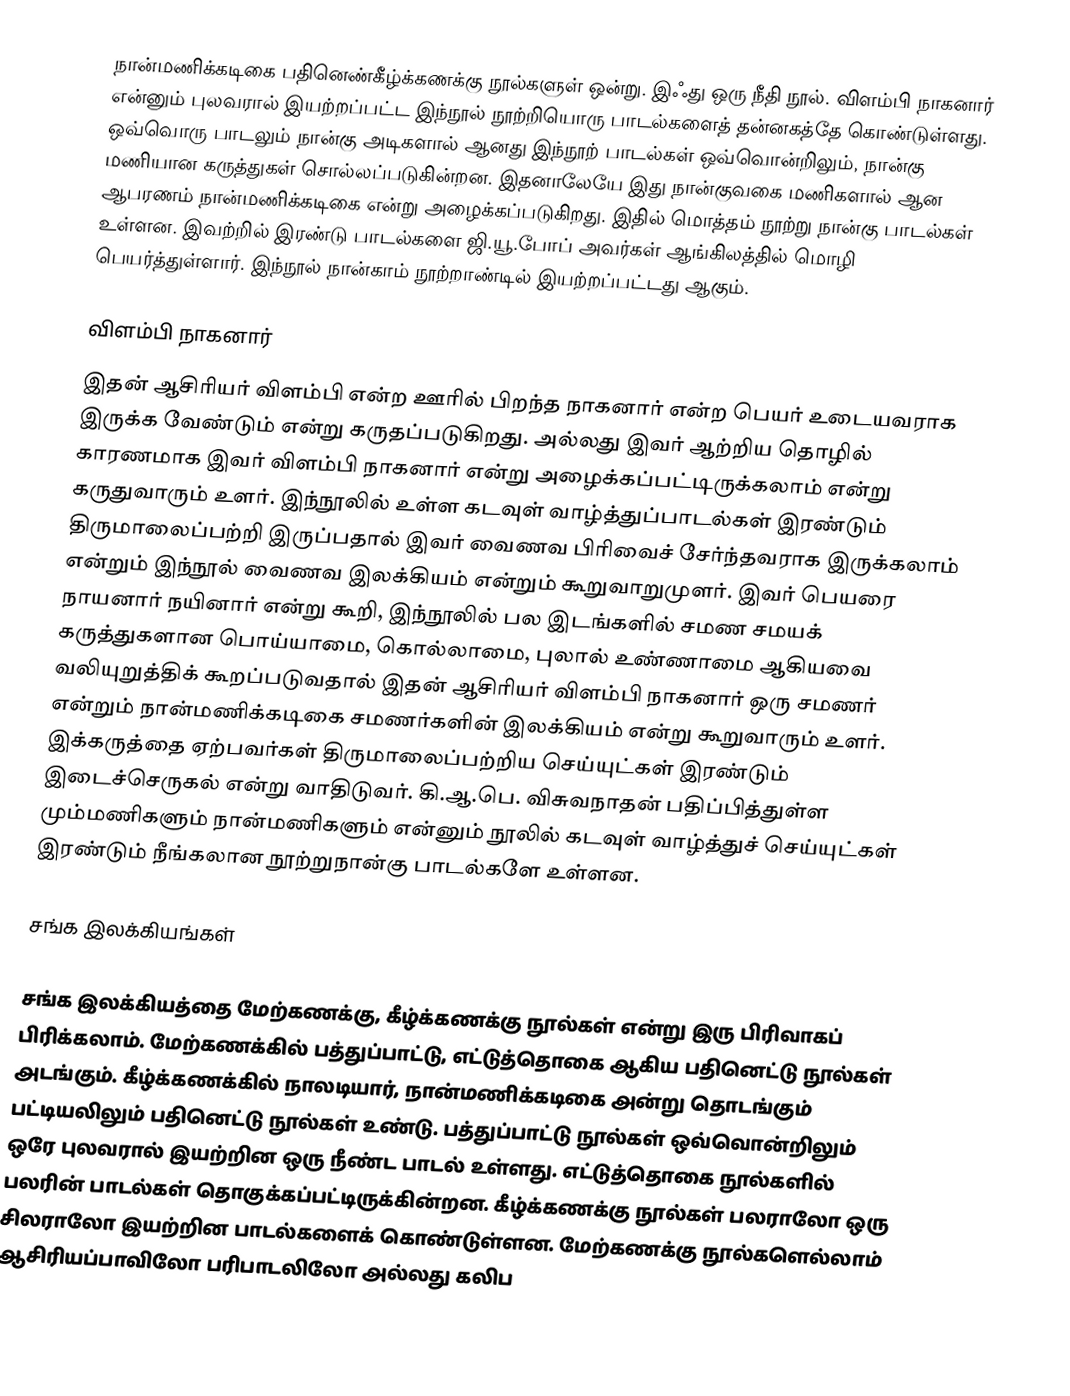
நான்மணிக்கடிகை பதினெண்கீழ்க்கணக்கு நூல்களுள் ஒன்று. இஃது ஒரு நீதி நூல். விளம்பி நாகனார் என்னும் புலவரால் இயற்றப்பட்ட இந்நூல் நூற்றியொரு பாடல்களைத் தன்னகத்தே கொண்டுள்ளது. ஒவ்வொரு பாடலும் நான்கு அடிகளால் ஆனது இந்நூற் பாடல்கள் ஒவ்வொன்றிலும், நான்கு மணியான கருத்துகள் சொல்லப்படுகின்றன. இதனாலேயே இது நான்குவகை மணிகளால் ஆன ஆபரணம்  நான்மணிக்கடிகை என்று அழைக்கப்படுகிறது. இதில் மொத்தம் நூற்று நான்கு பாடல்கள் உள்ளன. இவற்றில் இரண்டு பாடல்களை ஜி.யூ.போப் அவர்கள் ஆங்கிலத்தில் மொழி பெயர்த்துள்ளார். இந்நூல் நான்காம் நூற்றாண்டில் இயற்றப்பட்டது ஆகும்.

விளம்பி நாகனார்
இதன் ஆசிரியர் விளம்பி என்ற ஊரில் பிறந்த நாகனார் என்ற பெயர் உடையவராக இருக்க வேண்டும் என்று கருதப்படுகிறது. அல்லது இவர் ஆற்றிய தொழில் காரணமாக இவர் விளம்பி நாகனார் என்று அழைக்கப்பட்டிருக்கலாம் என்று கருதுவாரும் உளர். இந்நூலில் உள்ள கடவுள் வாழ்த்துப்பாடல்கள் இரண்டும் திருமாலைப்பற்றி இருப்பதால் இவர் வைணவ பிரிவைச் சேர்ந்தவராக இருக்கலாம் என்றும் இந்நூல் வைணவ இலக்கியம் என்றும் கூறுவாறுமுளர். இவர் பெயரை நாயனார் நயினார் என்று கூறி, இந்நூலில் பல இடங்களில் சமண சமயக் கருத்துகளான பொய்யாமை, கொல்லாமை, புலால் உண்ணாமை ஆகியவை வலியுறுத்திக் கூறப்படுவதால் இதன் ஆசிரியர் விளம்பி நாகனார் ஒரு சமணர் என்றும் நான்மணிக்கடிகை சமணர்களின் இலக்கியம் என்று கூறுவாரும் உளர். இக்கருத்தை ஏற்பவர்கள் திருமாலைப்பற்றிய செய்யுட்கள் இரண்டும் இடைச்செருகல் என்று வாதிடுவர். கி.ஆ.பெ. விசுவநாதன் பதிப்பித்துள்ள மும்மணிகளும் நான்மணிகளும் என்னும் நூலில் கடவுள் வாழ்த்துச் செய்யுட்கள் இரண்டும் நீங்கலான நூற்றுநான்கு பாடல்களே உள்ளன.

சங்க இலக்கியங்கள்

சங்க இலக்கியத்தை மேற்கணக்கு, கீழ்க்கணக்கு நூல்கள் என்று இரு பிரிவாகப் பிரிக்கலாம். மேற்கணக்கில் பத்துப்பாட்டு, எட்டுத்தொகை ஆகிய பதினெட்டு நூல்கள் அடங்கும். கீழ்க்கணக்கில் நாலடியார், நான்மணிக்கடிகை அன்று தொடங்கும் பட்டியலிலும் பதினெட்டு நூல்கள் உண்டு. பத்துப்பாட்டு நூல்கள் ஒவ்வொன்றிலும் ஒரே புலவரால் இயற்றின ஒரு நீண்ட பாடல் உள்ளது. எட்டுத்தொகை நூல்களில் பலரின் பாடல்கள் தொகுக்கப்பட்டிருக்கின்றன. கீழ்க்கணக்கு நூல்கள் பலராலோ  ஒரு சிலராலோ இயற்றின பாடல்களைக் கொண்டுள்ளன. மேற்கணக்கு நூல்களெல்லாம் ஆசிரியப்பாவிலோ பரிபாடலிலோ அல்லது கலிப